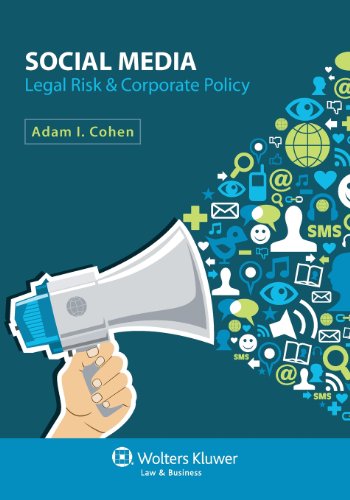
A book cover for Social Media: Legal Risk & Corporate Policy; Adam I. Cohen; Law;